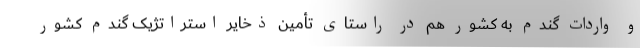
و واردات گندم به کشور هم در راستای تأمین ذخایر استراتژیک گندم کشور